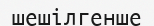
шешілгенше